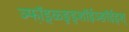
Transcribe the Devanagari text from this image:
ञ्फॉ़ड़्ळ्ङ़्ड्शॉईञ्ङॉईड्श्